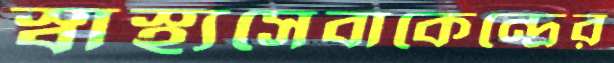
স্বাস্থ্যসেবাকেন্দ্রের